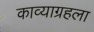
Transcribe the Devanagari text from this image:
काव्याग्रहला